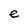
Character: e